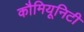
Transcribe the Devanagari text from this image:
कौमियूनिटी